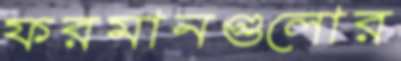
ফরমানগুলোর